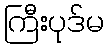
ကြီးပုဒ်မ